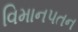
વિમાનપતન